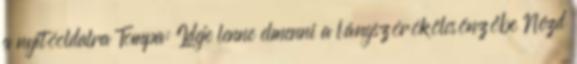
a nyitóoldalra Tompa: Ideje lenne elmenni a lángszórókölcsönzőbe Nézd